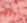
أولاء